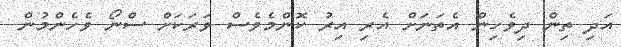
އަދި ތިން ދިވެހިން އެތަނަށް އެރި އިރު ކޮންމެވެސް ވަރަކަށް ސްނޯ ވެހެންމުން